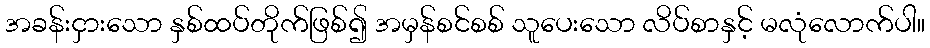
အခန်းငှားသော နှစ်ထပ်တိုက်ဖြစ်၍ အမှန်စင်စစ် သူပေးသော လိပ်စာနှင့် မလုံလောက်ပါ။